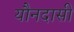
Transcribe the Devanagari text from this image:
यौनदासी